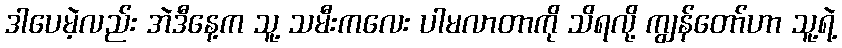
ဒါပေမဲ့လည်း အဲဒီနေ့က သူ့ သမီးကလေး ပါမလာတာကို သိရလို့ ကျွန်တော်ဟာ သူ့ရဲ့